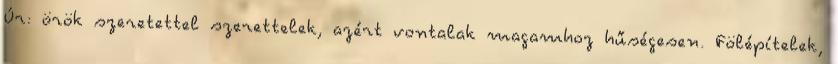
Úr: örök szeretettel szerettelek, azért vontalak magamhoz hűségesen. Fölépítelek,